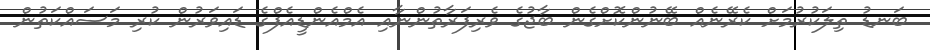
ބަނޑު ތިލަކުރުމަށް ކެރޭނެއް ބޭނުންކޮށްގެން ބާޖުގެ ވެރިފަރާތުންނާއި އެމްްއެންޑީއެފްގެ ޑައިވަރުން ކުރި މަސައްކަތުން